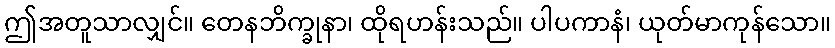
ဤအတူသာလျှင်။ တေနဘိက္ခုနာ၊ ထိုရဟန်းသည်။ ပါပကာနံ၊ ယုတ်မာကုန်သော။